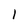
Character: l